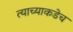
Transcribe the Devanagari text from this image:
त्याच्याकडेच